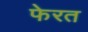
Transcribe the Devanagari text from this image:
फेरत